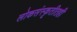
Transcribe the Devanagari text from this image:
लोकसंस्कृतीतही